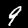
Digit: 9